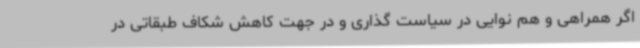
اگر همراهی و هم نوایی در سیاست گذاری و در جهت کاهش شکاف طبقاتی در